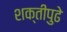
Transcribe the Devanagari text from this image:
शक्तीपुढे